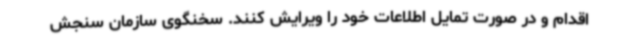
اقدام و در صورت تمایل اطلاعات خود را ویرایش کنند. سخنگوی سازمان سنجش